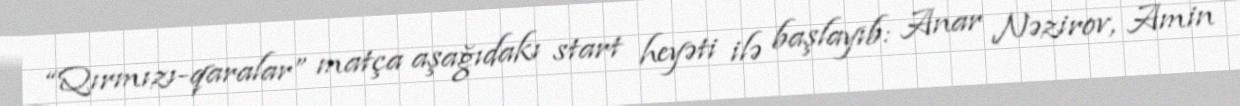
“Qırmızı-qaralar” matça aşağıdakı start heyəti ilə başlayıb: Anar Nəzirov, Amin